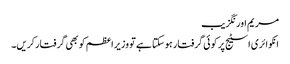
مریم اورنگزیب
انکوائری اسٹیج پر کوئی گرفتار ہوسکتا ہے تو وزیراعظم کو بھی گرفتارکریں۔